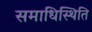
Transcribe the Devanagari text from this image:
समाधिस्थिति